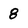
Character: 8